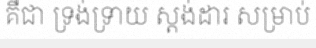
គឺជា ទ្រង់ទ្រាយ ស្តង់ដារ សម្រាប់